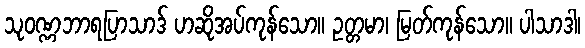
သုဝဏ္ဏဘာရပြာသာဒ် ဟဆိုအပ်ကုန်သော။ ဥတ္တမာ၊ မြတ်ကုန်သော။ ပါသာဒါ၊